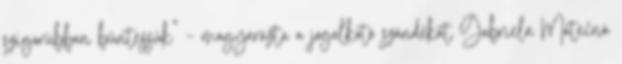
szigorúbban büntessük” – magyarázta a jogalkotó szándékát Gabriela Matečná